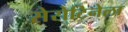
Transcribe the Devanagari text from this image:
सेरोटिनेला